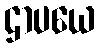
ဌာပယေ